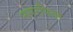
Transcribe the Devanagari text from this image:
नगरपिता